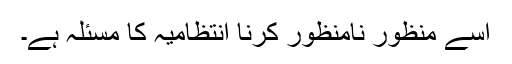
اسے منظور نامنظور کرنا انتظامیہ کا مسئلہ ہے۔